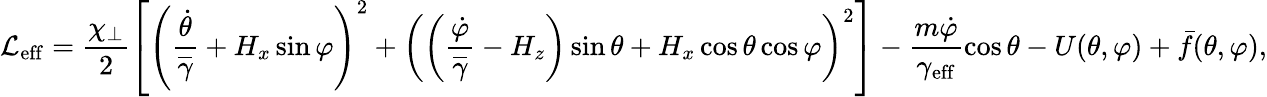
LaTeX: \mathcal{L}_{\mathrm{eff}}=\frac{\chi_{\perp}}{2}\left[\left(\frac{\dot{\theta}}{\overline{{\gamma}}}+H_{x}\sin\varphi\right)^{2}+\left(\left(\frac{\dot{\varphi}}{\overline{\gamma}}-H_{z}\right)\sin\theta+H_{x}\cos\theta\cos\varphi\right)^{2}\right]-\frac{m\dot{\varphi}}{\gamma_{\mathrm{eff}}}\cos\theta-U(\theta,\varphi)+\bar{f}(\theta,\varphi),